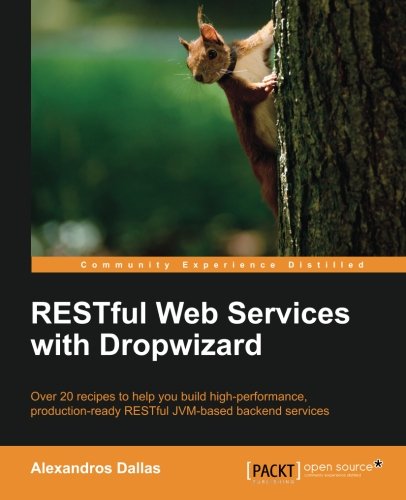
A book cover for RESTful Web Services with Dropwizard; Alexandros Dallas; Computers & Technology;